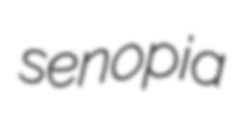
senopia